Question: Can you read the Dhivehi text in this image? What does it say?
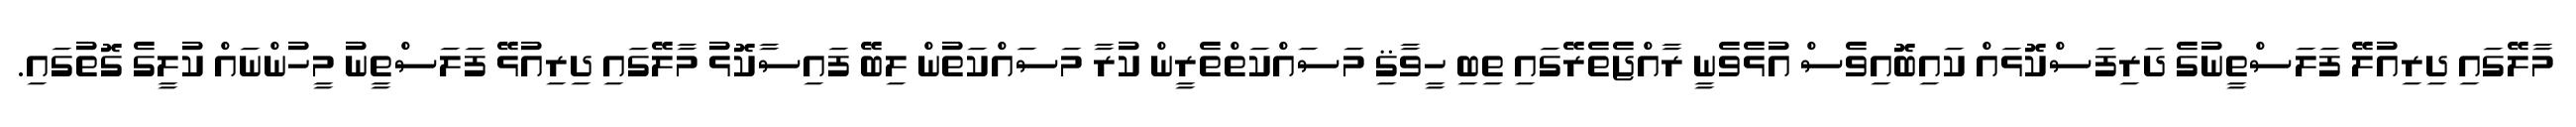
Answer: މާލޭގައި ދިރިއުލޭ ފަލަސްތީނުގެ ދަރިފަސްކޮޅައް ކައިބޮއިވެސް އުޅެވެނީ ރާއްޖެތެރޭގައި ތިބި ހީވާޤި މަސައްކަތްތެރީން ކުރާ މަސައްކަތުން ލިބޭ ފައިސާކޮޅު މާލޭގައި ދިރިއުޅޭ ފަލަސްތީނު މީހުންނައް ކުލީގެ ގޮތުގައި.